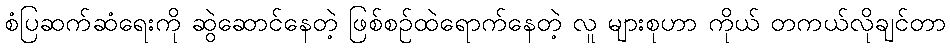
စံပြဆက်ဆံရေးကို ဆွဲဆောင်နေတဲ့ ဖြစ်စဉ်ထဲရောက်နေတဲ့ လူ များစုဟာ ကိုယ် တကယ်လိုချင်တာ